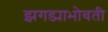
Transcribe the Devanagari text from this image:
झगड्याभोवती